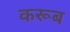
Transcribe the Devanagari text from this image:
करूब